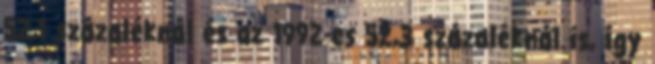
52,1 százaléknál és az 1992-es 52,3 százaléknál is, így